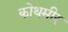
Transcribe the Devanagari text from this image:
कोथमीर